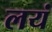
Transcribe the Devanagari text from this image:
लयं